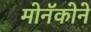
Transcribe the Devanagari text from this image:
मोनॅकोने